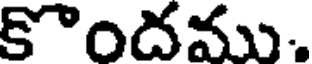
కొందము.